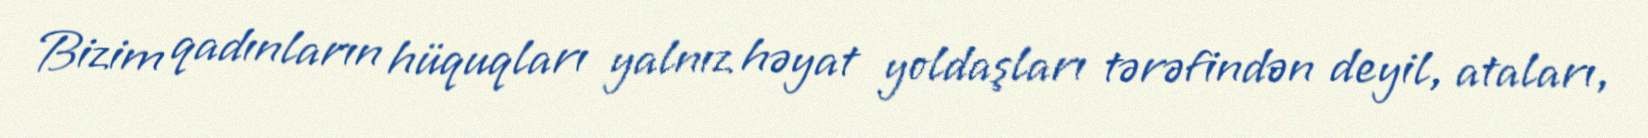
Bizim qadınların hüquqları yalnız həyat yoldaşları tərəfindən deyil, ataları,